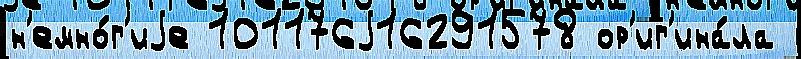
н'емно́г'иjе 101176j16291578 ор'иг'ина́ла